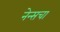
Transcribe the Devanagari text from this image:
नेन्सचा